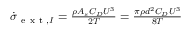
\begin{array} { r } { \dot { \sigma } _ { \mathrm { ~ e ~ x ~ t ~ } , I } = \frac { \rho A _ { s } C _ { D } U ^ { 3 } } { 2 T } = \frac { \pi \rho d ^ { 2 } C _ { D } U ^ { 3 } } { 8 T } } \end{array}